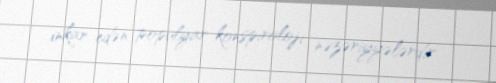
inkar edən populyar konspiroloji nəzəriyyələrdir.